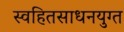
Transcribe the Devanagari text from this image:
स्वहितसाधनयुग्त